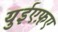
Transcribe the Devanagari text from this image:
युईएफ़ए